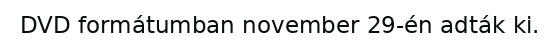
DVD formátumban november 29-én adták ki.